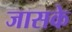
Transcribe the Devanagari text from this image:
जासके